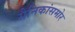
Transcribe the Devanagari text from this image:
सैनिकांसमोर